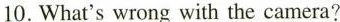
10. What's wrong with the camera?